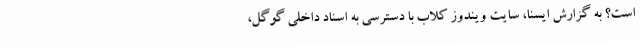
است؟ به گزارش ایسنا، سایت ویندوز کلاب با دسترسی به اسناد داخلی گوگل،